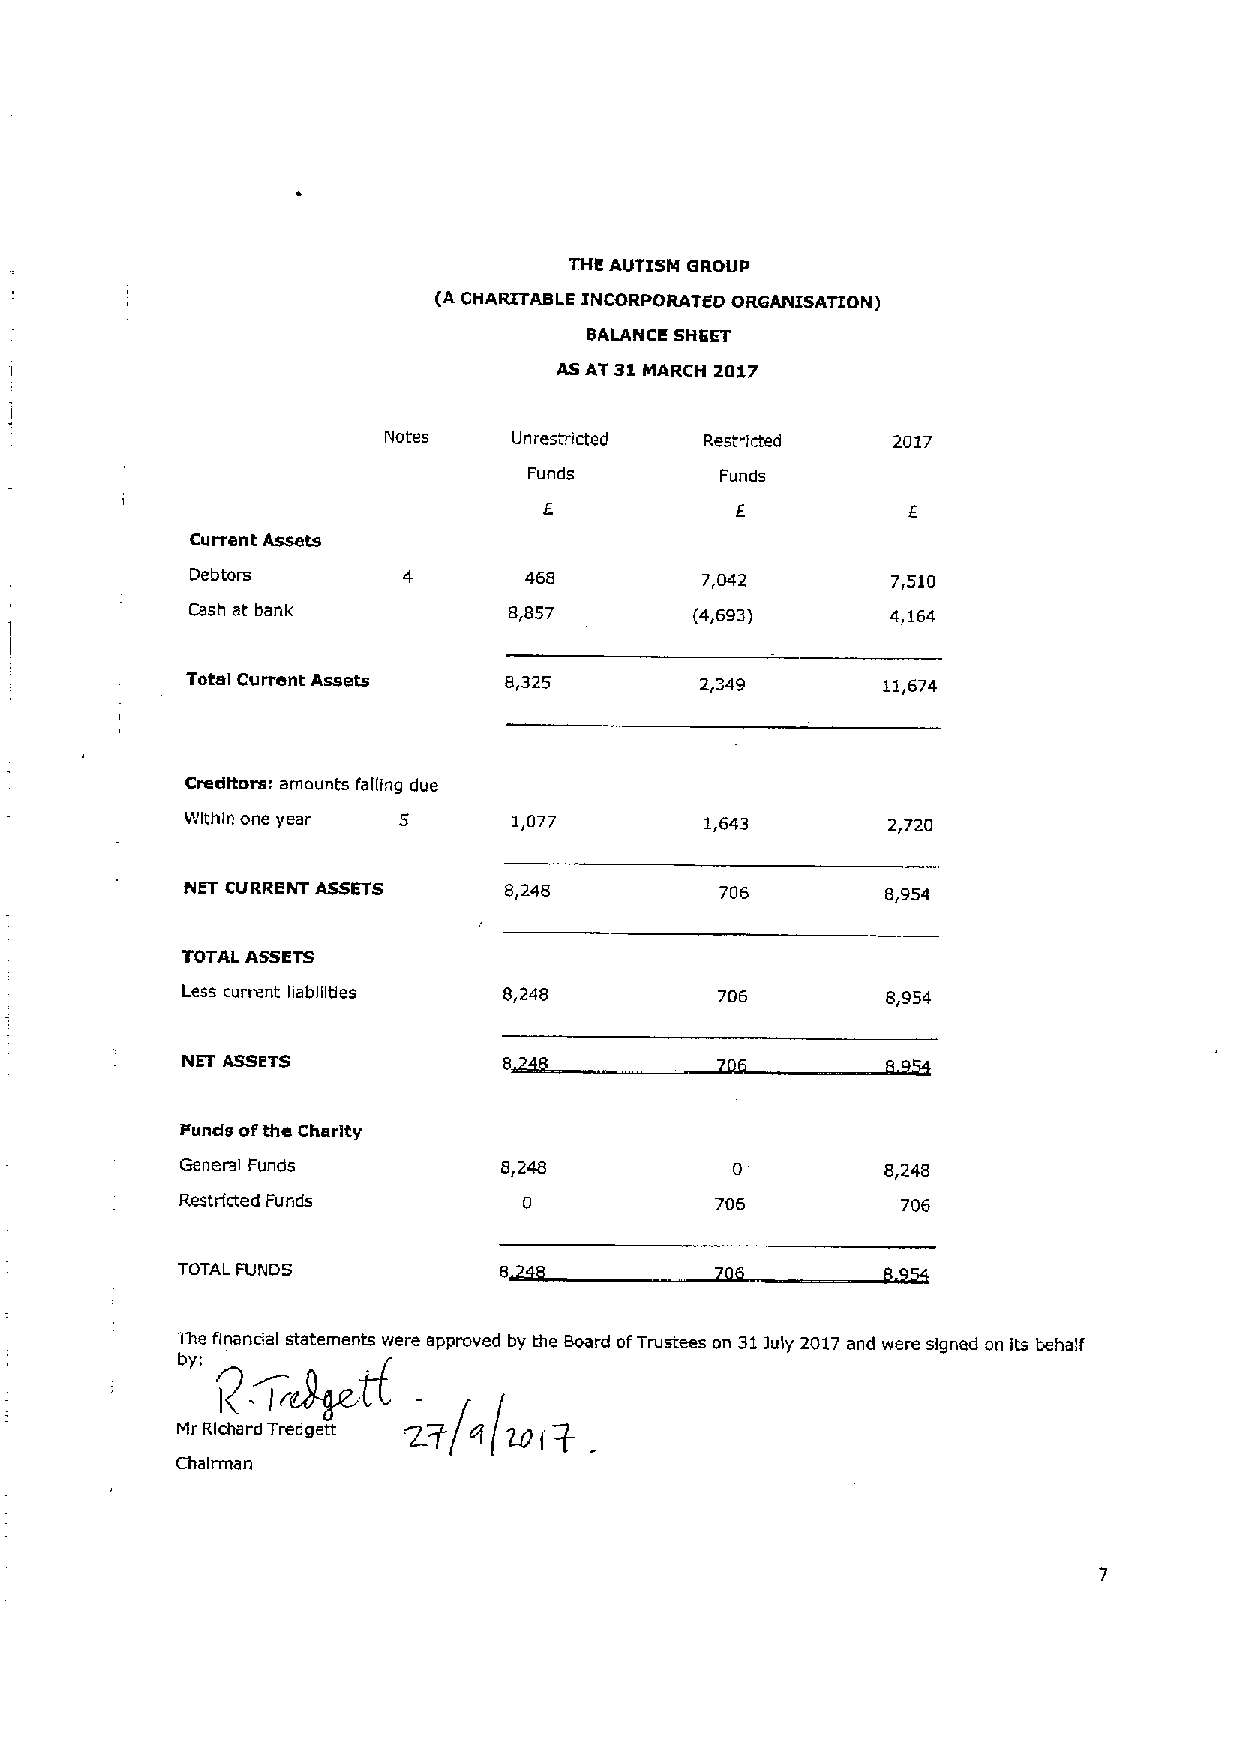
THE AUTISI4 GROUP
 (A CHARITABLE INCORPORATED ORGANISATION)
 BALANCE SHEET
 AS AT 31 MARCH 2017
 Notes    Unrestricted Restricted  2017
 Funds        Funds
 Currant Assets
 Debtom                468        7,042        7,510
 Cash at bank         8,857       (4,693)      4,164
 Total Currant Assets 8,325        2,349       11,674
 Creditors: amounts falling due
 Within one year 5     1,077        1,643       2,720
 NET CURRENT ASSETS   8,248          706        8,954
 TOTAL ASSETS
 Less current liabilities 8,248      706        8,954
 NET ASSETS
 Funds oftha Charity
 General Funds        8,248                     8,248
 Restricted Funds                   706
 TOTAL FUNDS
 The flnandal statements were approved by the Board ofTrustees on 31)uly 2017and were signed on its behalf
 Vi
 Zyf  l(101+
 Chairman